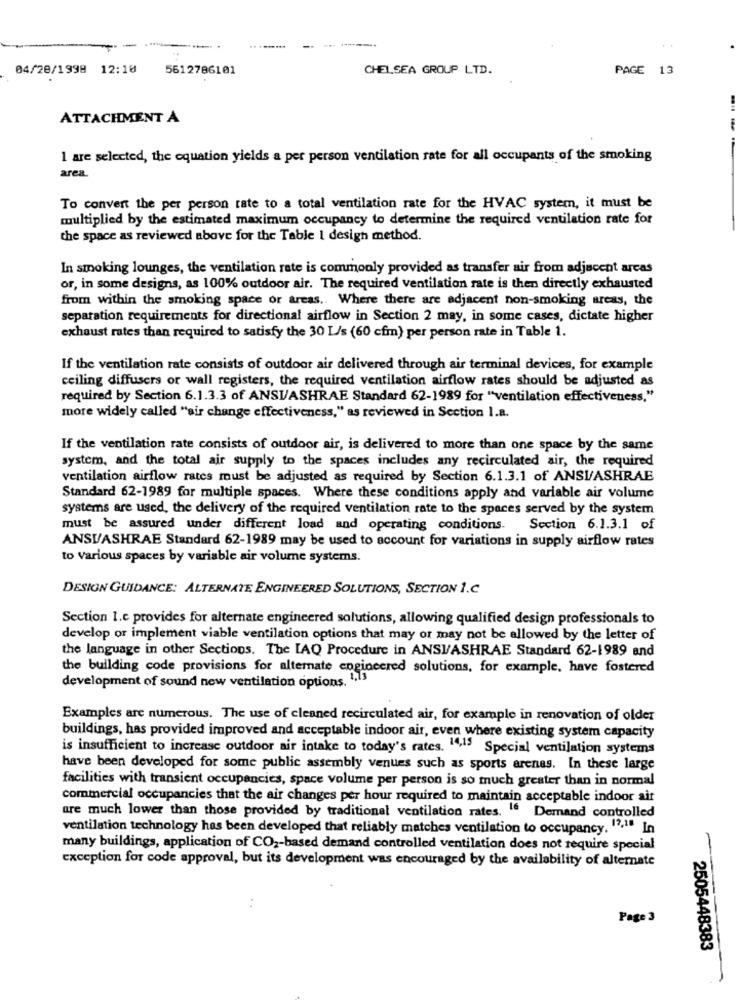
-
04/28/1998 12:10
5612786101
CHELSEA GROUP LTD.
PAGE 13
ATTACHMENT A
1 are selected, the equation yields a per person ventilation rate for all occupants of the smoking
area.
To convert the per person rate to a total ventilation rate for the HVAC system, it must be
multiplied by the estimated maximum occupancy to determine the required ventilation rate for
the space as reviewed above for the Table I desigh method.
In smoking lounges, the ventilation rate is commonly provided as transfer air from adjacent areas
or, in some designs, as 100% outdoor air. The required ventilation rate is then directly exhausted
from within the smoking space or areas. Where there are adjacent non-smoking areas, the
separation requirements for directional airflow in Section 2 may, in some cases, dictate higher
exhaust rates than required to satisfy the 30 L/s (60 cfm) per person rate in Table 1.
If the ventilation rate consists of outdoor air delivered through air terminal devices, for example
ceiling diffusers or wall registers, the required ventilation airflow rates should be adjusted as
required by Section 6.1.3.3 of ANSI/ASHRAE Standard 62-1989 for "ventilation effectiveness,"
more widely called "sir change effectiveness," as reviewed in Section 1.a.
If the ventilation rate consists of outdoor air, is delivered to more than one space by the same
system, and the total air supply to the spaces includes any recirculated air, the required
ventilation airflow rates must be adjusted as required by Section 6.1.3.1 of ANSI/ASHRAE
Standard 62-1989 for multiple spaces. Where these conditions apply and variable air volume
systems are used, the delivery of the required ventilation rate to the spaces served by the system
must be assured under different load and operating conditions.
Section 6.1.3.1 of
ANSUASHRAE Standard 62-1989 may be used to account for variations in supply airflow rates
to various spaces by variable air volume systems.
DESIGN GUIDANCE: ALTERNATE ENGINEERED SOLUTIONS, SECTION 1.C
Section 1.c provides for alternate engineered solutions, allowing qualified design professionals to
develop or implement viable ventilation options that may or may not be allowed by the letter of
the language in other Sections. The [AQ Procedure in ANSI/ASHRAE Standard 62-1989 and
the building code provisions for alternate engineered solutions, for example, have fostered
development of sound new ventilation options. 1,13
Examples are numerous. The use of cleaned recirculated air, for example in renovation of older
buildings, has provided improved and acceptable indoor air, even where existing system capacity
is insufficient to increase outdoor air intake to today's rates. 14,15 Specjal ventilation systems
have been developed for some public assembly venues such as sports arenas. In these large
facilities with transient occupancies, space volume per person is so much greater than in normal
commercial occupancies that the air changes per hour required to maintain acceptable indoor air
are much lower than those provided by traditional ventilation rates. " Demand controlled
ventilation technology has been developed that reliably matches ventilation to occupancy, 12,1. In
many buildings, application of CO2-based demand controlled ventilation does not require special
exception for code approval, but its development was encouraged by the availability of alternate
. .
Page 3
2505448383